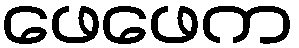
ဖေဖေက